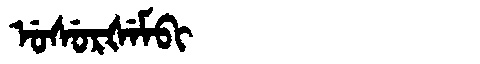
Manchu: ᡠᠰᡠᡵᡧᡝᠮᠪᡳ
Romanization: USURŠEMBI